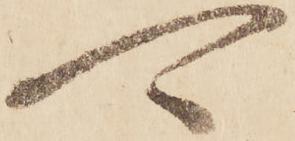
可